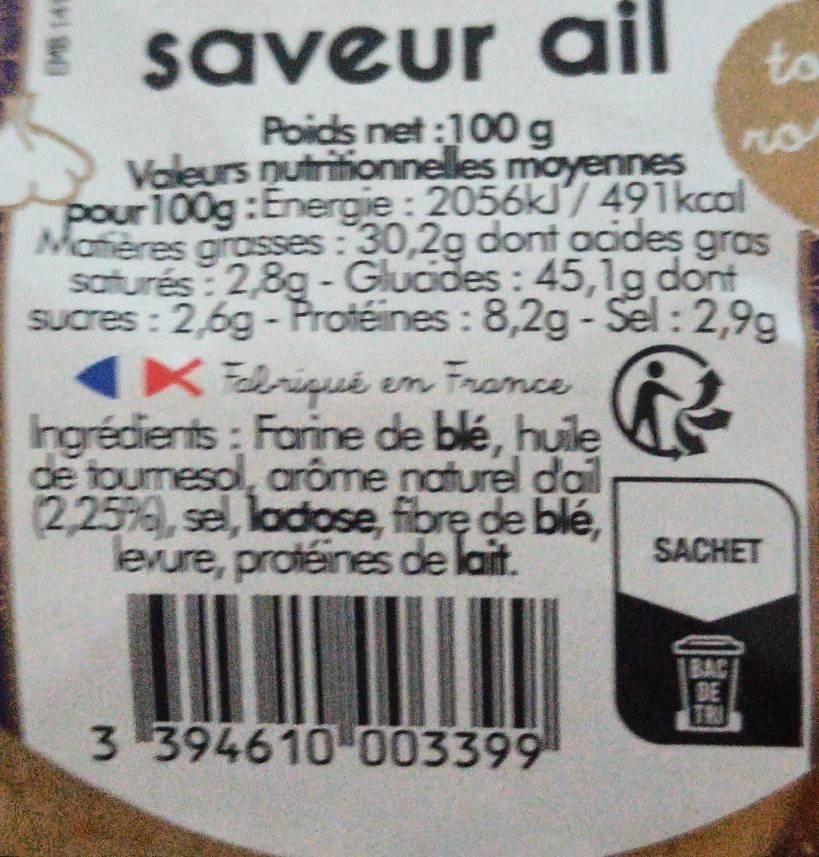
saveur ail
Poids net:100 g
Valeurs nutritionnelles moyennes pour 100g: Energie: 2056kJ/491 kcal Matières grasses: 30,2g dont acides gras saturés: 2,8g - Glucides: 45,1g dont sucres : 2,6g - Protéines: 8,2g - Sel: 2,9g
XEbriqué en France
Ingrédients : Farine de blé, huile de tournesol, arôme naturel dail (2,2576), sel, ladose, fibre de blé, levure, protéines de lait.
3 394610 003399
to
DE
ro
SACHET